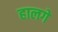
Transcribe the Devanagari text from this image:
हालगे